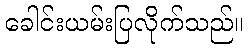
ခေါင်းယမ်းပြလိုက်သည်။